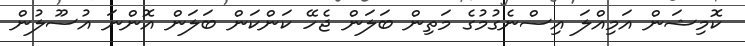
ކޮމިޝަން އަމިއްލަ އިސްނެގުމުގެ މަތިން ބަލަން ޖެހޭ ކަންކަން ބަލަން އޮންނަ އުސޫލުން